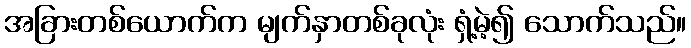
အခြားတစ်ယောက်က မျက်နှာတစ်ခုလုံး ရှံ့မဲ့၍ သောက်သည်။